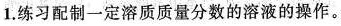
1.练习配制一定溶质质量分数的溶液的操作。